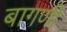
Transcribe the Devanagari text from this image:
बागणी